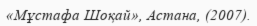
«Мұстафа Шоқай», Астана, (2007).